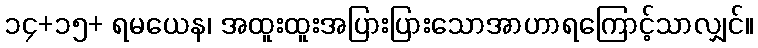
၁၄+၁၅+ ရမယေန၊ အထူးထူးအပြားပြားသောအာဟာရကြောင့်သာလျှင်။